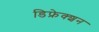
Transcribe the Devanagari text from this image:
डिफ्रेक्शन